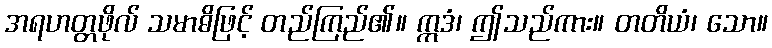
အရဟတ္တဖိုလ် သမာဓိဖြင့် တည်ကြည်၏။ ဣဒံ၊ ဤသည်ကား။ တတိယံ၊ သော။